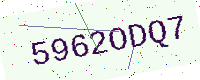
Text: 5962ODQ7